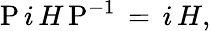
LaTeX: {\mathrm{P}}\, i\, H\, {\mathrm{P}}^{-1}\, =\, i\, H{\mathrm{,}}